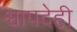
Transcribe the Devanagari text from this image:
श्वापदेही